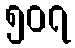
၅၀၇